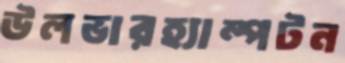
উলভারহ্যাম্পটন